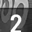
Digit: 2